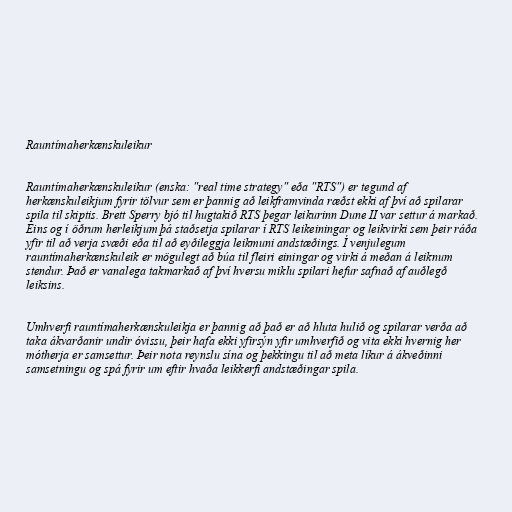
Rauntímaherkænskuleikur

Rauntímaherkænskuleikur (enska: "real time strategy" eða "RTS") er tegund af
herkænskuleikjum fyrir tölvur sem er þannig að leikframvinda ræðst ekki af því að spilarar
spila til skiptis. Brett Sperry bjó til hugtakið RTS þegar leikurinn Dune II var settur á markað.
Eins og í öðrum herleikjum þá staðsetja spilarar í RTS leikeiningar og leikvirki sem þeir ráða
yfir til að verja svæði eða til að eyðileggja leikmuni andstæðings. Í venjulegum
rauntímaherkænskuleik er mögulegt að búa til fleiri einingar og virki á meðan á leiknum
stendur. Það er vanalega takmarkað af því hversu miklu spilari hefur safnað af auðlegð
leiksins.

Umhverfi rauntímaherkænskuleikja er þannig að það er að hluta hulið og spilarar verða að
taka ákvarðanir undir óvissu, þeir hafa ekki yfirsýn yfir umhverfið og vita ekki hvernig her
mótherja er samsettur. Þeir nota reynslu sína og þekkingu til að meta líkur á ákveðinni
samsetningu og spá fyrir um eftir hvaða leikkerfi andstæðingar spila.